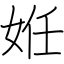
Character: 姙